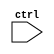
// This program was cloned from: https://github.com/TinyTapeout/tt-multiplexer
// License: Apache License 2.0

/*
 * tt_pg_vdd_1.v
 *
 * Blackbox for the VDD power switches
 *
 * Copyright (c) 2023 Sylvain Munaut <tnt@246tNt.com>
 * SPDX-License-Identifier: Apache-2.0
 */

(* blackbox *)
module tt_pg_vdd_1 (
`ifdef USE_POWER_PINS
	input  wire VGND,
	input  wire VPWR,
	output wire GPWR,
`endif
	input  wire ctrl
);

`ifdef USE_POWER_PINS
	assign GPWR = !ctrl ? VPWR : 1'bz;
`endif

endmodule